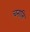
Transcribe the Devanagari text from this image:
चनात्ति